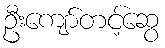
ဦးကျော်တင့်ဆွေ